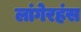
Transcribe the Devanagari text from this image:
लांगेरहंस